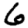
Digit: 6